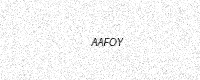
Text: AAFOY